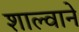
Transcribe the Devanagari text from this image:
शाल्वाने